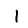
Digit: 1